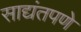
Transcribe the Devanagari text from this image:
साद्यंतपणे